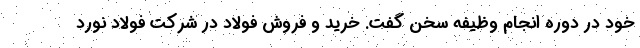
خود در دوره انجام وظیفه سخن گفت. خرید و فروش فولاد در شرکت فولاد نورد